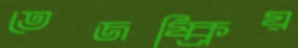
তেজষ্ক্রিয়